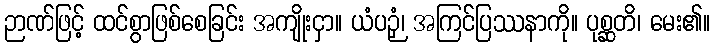
ဉာဏ်ဖြင့် ထင်စွာဖြစ်စေခြင်း အကျိုးငှာ။ ယံပဉှံ၊ အကြင်ပြဿနာကို။ ပုစ္ဆတိ၊ မေး၏။